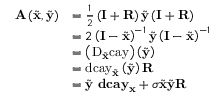
\begin{array} { r l } { \mathbf { A } \left( \tilde { \mathbf { x } } , \tilde { \mathbf { y } } \right) } & { = \frac { 1 } { 2 } \left( \mathbf { I } + \mathbf { R } \right) \tilde { \mathbf { y } } \left( \mathbf { I } + \mathbf { R } \right) } \\ & { = 2 \left( \mathbf { I } - \tilde { \mathbf { x } } \right) ^ { - 1 } \tilde { \mathbf { y } } \left( \mathbf { I } - \tilde { \mathbf { x } } \right) ^ { - 1 } } \\ & { = \left( \mathrm { D } _ { \tilde { \mathbf { x } } } \mathrm { c a y } \right) \left( \tilde { \mathbf { y } } \right) } \\ & { = \mathrm { d c a y } _ { \tilde { \mathbf { x } } } \left( \tilde { \mathbf { y } } \right) \mathbf { R } } \\ & { = \tilde { \mathbf { y } } ~ \mathbf { d c a y } _ { \mathbf { x } } + \sigma \tilde { \mathbf { x } } \tilde { \mathbf { y } } \mathbf { R } } \end{array}